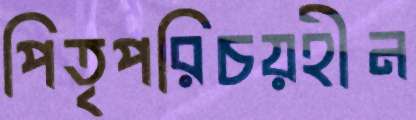
পিতৃপরিচয়হীন